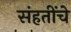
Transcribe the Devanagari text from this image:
संहतींचे